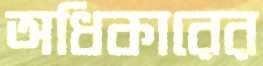
অধিকারের